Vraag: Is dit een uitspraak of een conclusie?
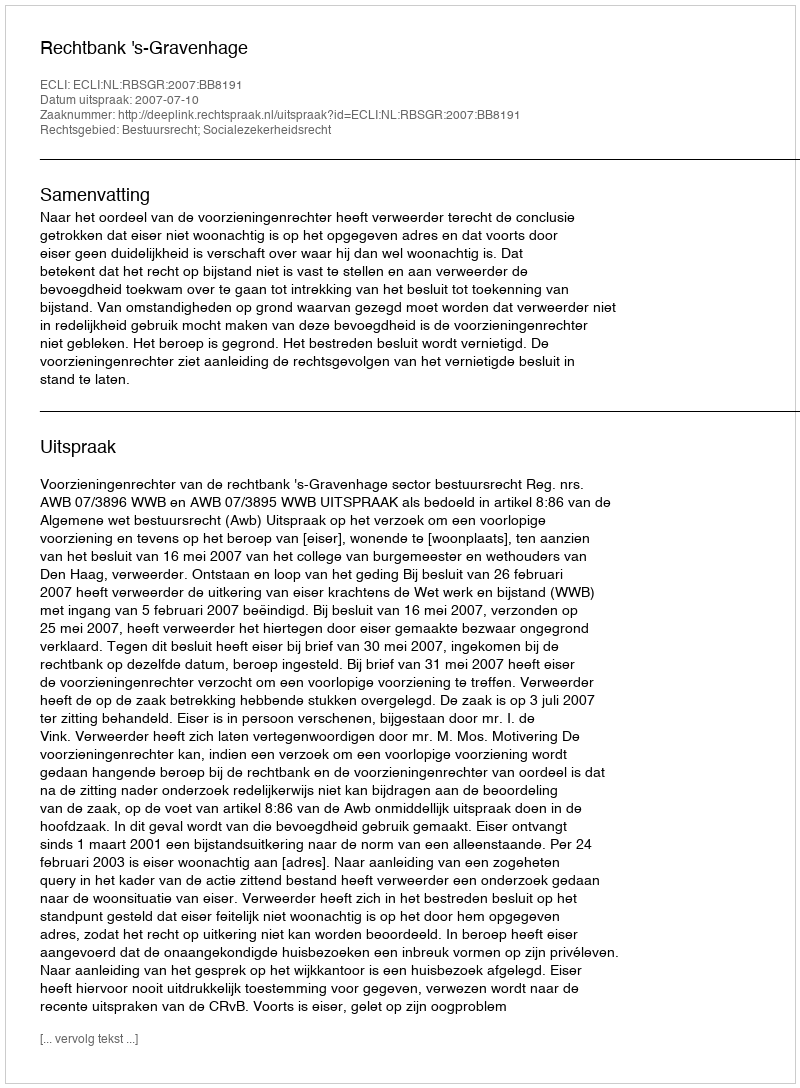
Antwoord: Uitspraak